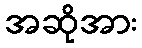
အဆိုအား